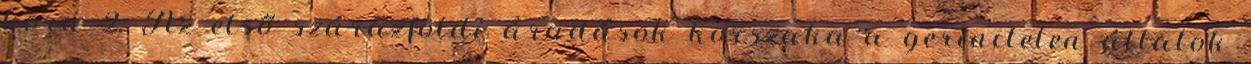
kora 2. Az első szárazföldi áradások korszaka—a gerinctelen állatok